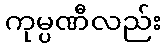
ကုမ္ပဏီလည်း